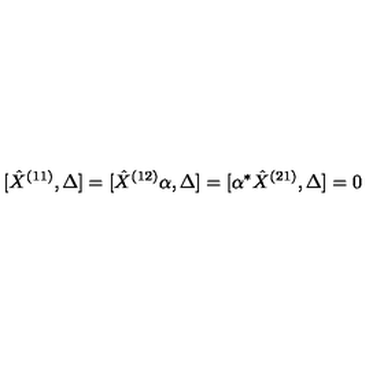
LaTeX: [ \hat { X } ^ { ( 1 1 ) } , \Delta ] = [ \hat { X } ^ { ( 1 2 ) } \alpha , \Delta ] = [ \alpha ^ { * } \hat { X } ^ { ( 2 1 ) } , \Delta ] = 0